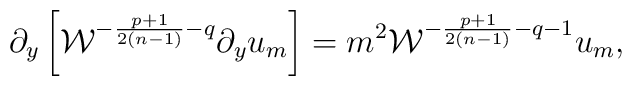
\partial_y\left[{\cal W}^{-{{p+1}\over{2(n-1)}}-q}\partial_yu_m\right]=m^2{\cal W}^{-{{p+1}\over{2(n-1)}}-q-1}u_m,